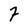
Character: F